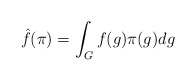
\begin{align*} \hat{f}(\pi) = \int_{G} f(g) \pi(g) dg \end{align*}